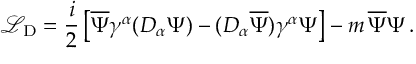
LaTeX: { \mathcal L } _ { \mathrm { D } } = \frac { i } { 2 } \left[ \overline { { { \Psi } } } \gamma ^ { \alpha } ( D _ { \alpha } \Psi ) - ( D _ { \alpha } \overline { { { \Psi } } } ) \gamma ^ { \alpha } \Psi \right] - m \, \overline { { { \Psi } } } \Psi \, .